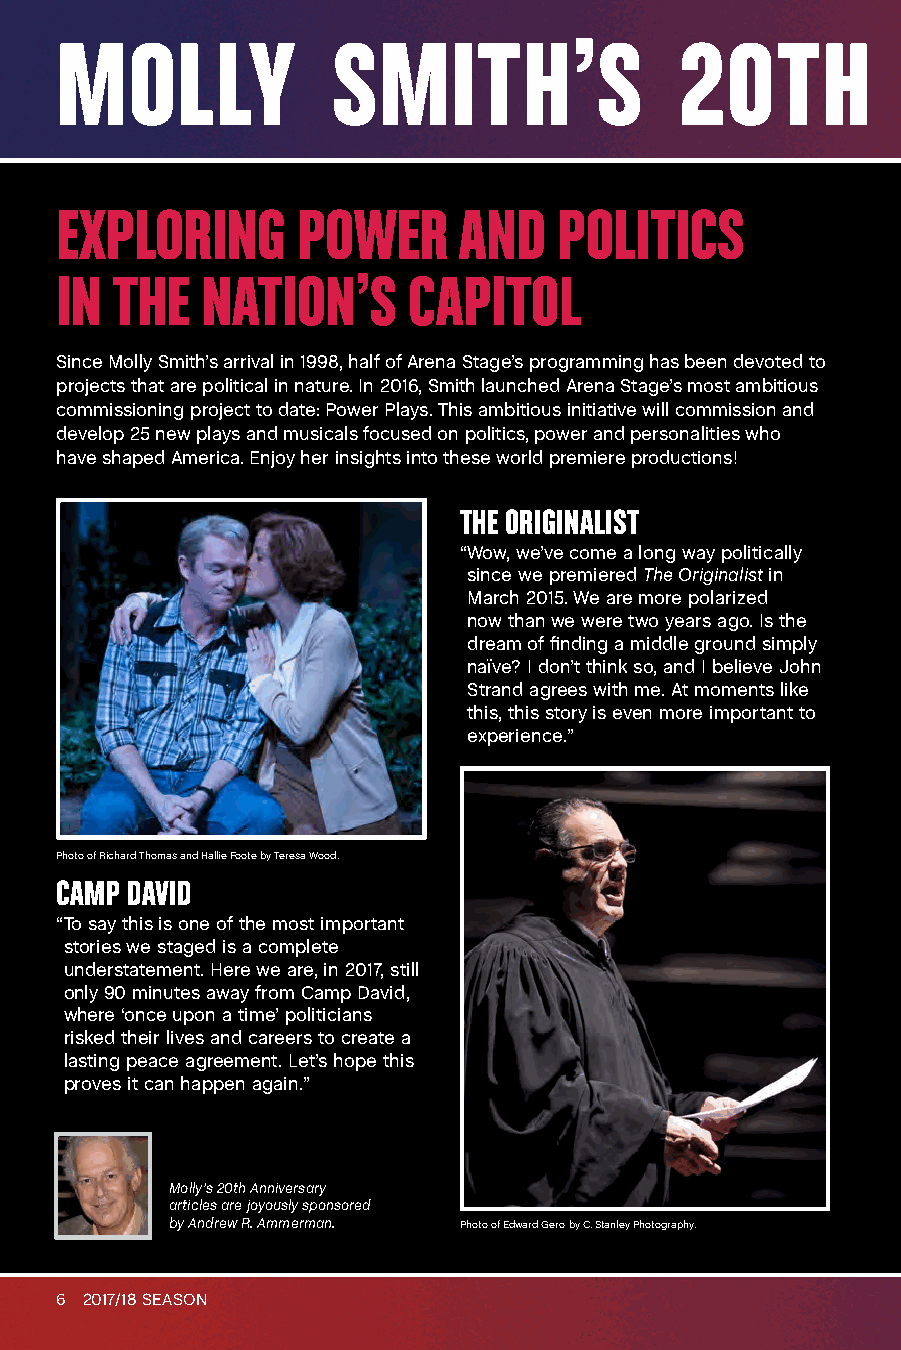
MOLLY             SMITH’S                20TH            ANNIVERSARY                         SEASON
 EXPLORING       POWER     AND    POLITICS
 IN THE   NATION’S      CAPITOL
 Since Molly Smith’s arrival in 1998, half of Arena Stage’s programming has been devoted to
 projects that are political in nature. In 2016, Smith launched Arena Stage’s most ambitious
 commissioning project to date: Power Plays. This ambitious initiative will commission and
 develop 25 new plays and musicals focused on politics, power and personalities who
 have shaped America. Enjoy her insights into these world premiere productions!
 THE ORIGINALIST
 “ Wow, we’ve come a long way politically
 since we premiered The Originalist in
 March 2015. We are more polarized
 now than we were two years ago. Is the
 dream of finding a middle ground simply
 naïve? I don’t think so, and I believe John
 Strand agrees with me. At moments like
 this, this story is even more important to
 experience.”
 Photo of Richard Thomas and Hallie Foote by Teresa Wood.
 CAMP DAVID
 “ To say this is one of the most important
 stories we staged is a complete
 understatement. Here we are, in 2017, still
 only 90 minutes away from Camp David,
 where ‘once upon a time’ politicians
 risked their lives and careers to create a
 lasting peace agreement. Let’s hope this
 proves it can happen again.”
 Molly’s 20th Anniversary
 articles are joyously sponsored
 by Andrew R. Ammerman. Photo of Edward Gero by C. Stanley Photography.
 6 2017/18 SEASON